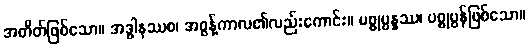
အတိတ်ဖြစ်သော။ အဒ္ဓါနဿစ၊ အဓွန့်ကာလ၏လည်းကောင်း။ ပစ္စုပ္ပန္နဿ၊ ပစ္စုပ္ပန်ဖြစ်သော။